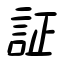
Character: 証